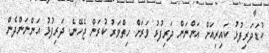
ކުޑަދަރިފުޅު ކައިރިއަށް އަންނަން ދަރިފުޅު ވަރަށް ހިތްވަރު ކުރަން ޖެހޭނެ. ދަރިފުޅު އަންނަންދެން